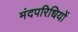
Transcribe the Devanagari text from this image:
मंदपरिधियों